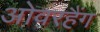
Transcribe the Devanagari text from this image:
ओवरहैंग